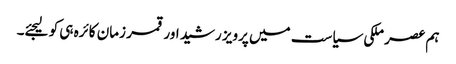
ہم عصر ملکی سیاست میں پرویز رشید اور قمر زمان کائرہ ہی کو لیجئے۔